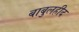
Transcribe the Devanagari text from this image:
बाबुलहीद